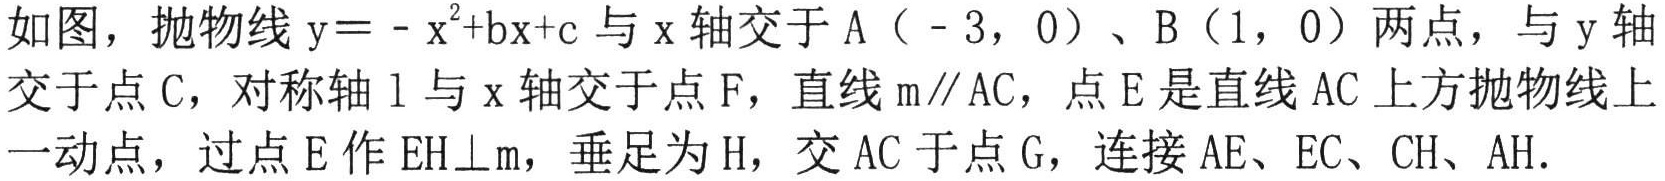
如图，抛物线\(y = - x^{2}+bx+c\)与\(x\)轴交于\(A(-3,0)\)、\(B(1,0)\)两点，与\(y\)轴交于点\(C\)，对称轴\(l\)与\(x\)轴交于点\(F\)，直线\(m\parallel AC\)，点\(E\)是直线\(AC\)上方抛物线上一动点，过点\(E\)作\(EH\bot m\)，垂足为\(H\)，交\(AC\)于点\(G\)，连接\(AE\)、\(EC\)、\(CH\)、\(AH\)。